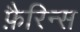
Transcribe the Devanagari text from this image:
फ़ैरिन्स